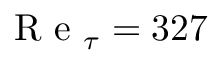
\mathrm { ~ R ~ e ~ } _ { \tau } = 3 2 7